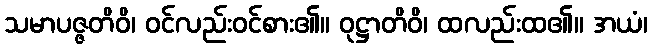
သမာပဇ္ဇတိဝိ၊ ဝင်လည်းဝင်စား၏။ ဝုဋ္ဌာတိဝိ၊ ထလည်းထ၏။ အယံ၊